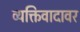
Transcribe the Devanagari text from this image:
व्यक्तिवादावर